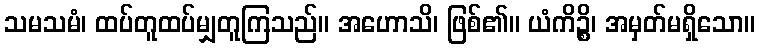
သမသမံ၊ ထပ်တူထပ်မျှတူကြသည်။ အဟောသိ၊ ဖြစ်၏။ ယံကိဉ္စိ၊ အမှတ်မရှိသော။